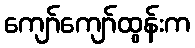
ကျော်ကျော်ထွန်းက